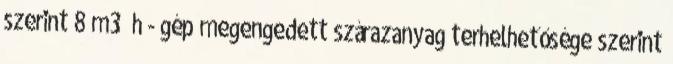
szerint 8 m3 h - gép megengedett szárazanyag terhelhetősége szerint